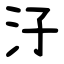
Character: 汓